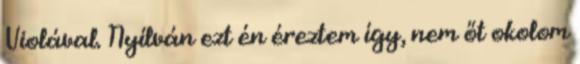
Violával. Nyílván ezt én éreztem így, nem őt okolom